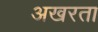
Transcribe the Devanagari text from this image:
अखरता